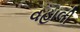
વહાલી